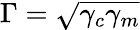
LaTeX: \Gamma=\sqrt{\gamma_{c}\gamma_{m}}